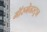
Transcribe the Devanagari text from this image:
मॉरगेनस्ट्रन